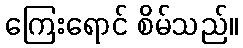
ကြေးရောင် စိမ်သည်။